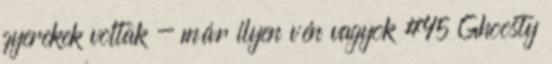
gyerekek voltak - már ilyen vén vagyok #45 Ghoosty